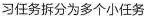
习任务拆分为多个小任务